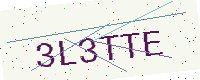
Text: 3L3TTE